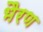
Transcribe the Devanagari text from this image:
भैरण